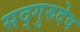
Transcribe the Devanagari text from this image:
सद्गुरुदेव